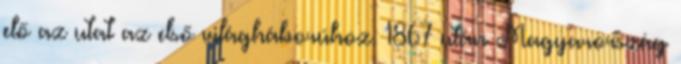
elő az utat az első világháborúhoz. 1867 után Magyarország